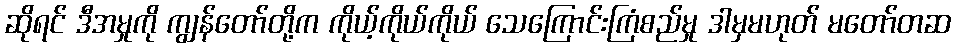
ဆိုရင် ဒီအမှုကို ကျွန်တော်တို့က ကိုယ့်ကိုယ်ကိုယ် သေကြောင်းကြံစည်မှု ဒါမှမဟုတ် မတော်တဆ